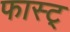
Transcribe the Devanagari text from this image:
फास्ट्